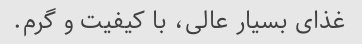
غذای بسیار عالی، با کیفیت و گرم.